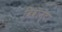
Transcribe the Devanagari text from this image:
विवान्टा